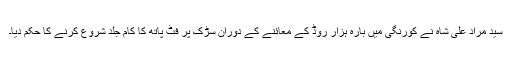
سید مراد علی شاہ نے کورنگی میں بارہ ہزار روڈ کے معائنے کے دوران سڑک پر فٹ پاتھ کا کام جلد شروع کرنے کا حکم دیا۔